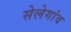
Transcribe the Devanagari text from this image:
सेलेगांव